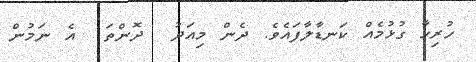
ހުރިހާ ގުޅުމެއް ކަނޑާލާފައެވެ. ދެން މިއަދު  ދޮންތަ  އެ ނަމުން